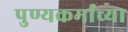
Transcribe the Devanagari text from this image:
पुण्यकर्मांच्या